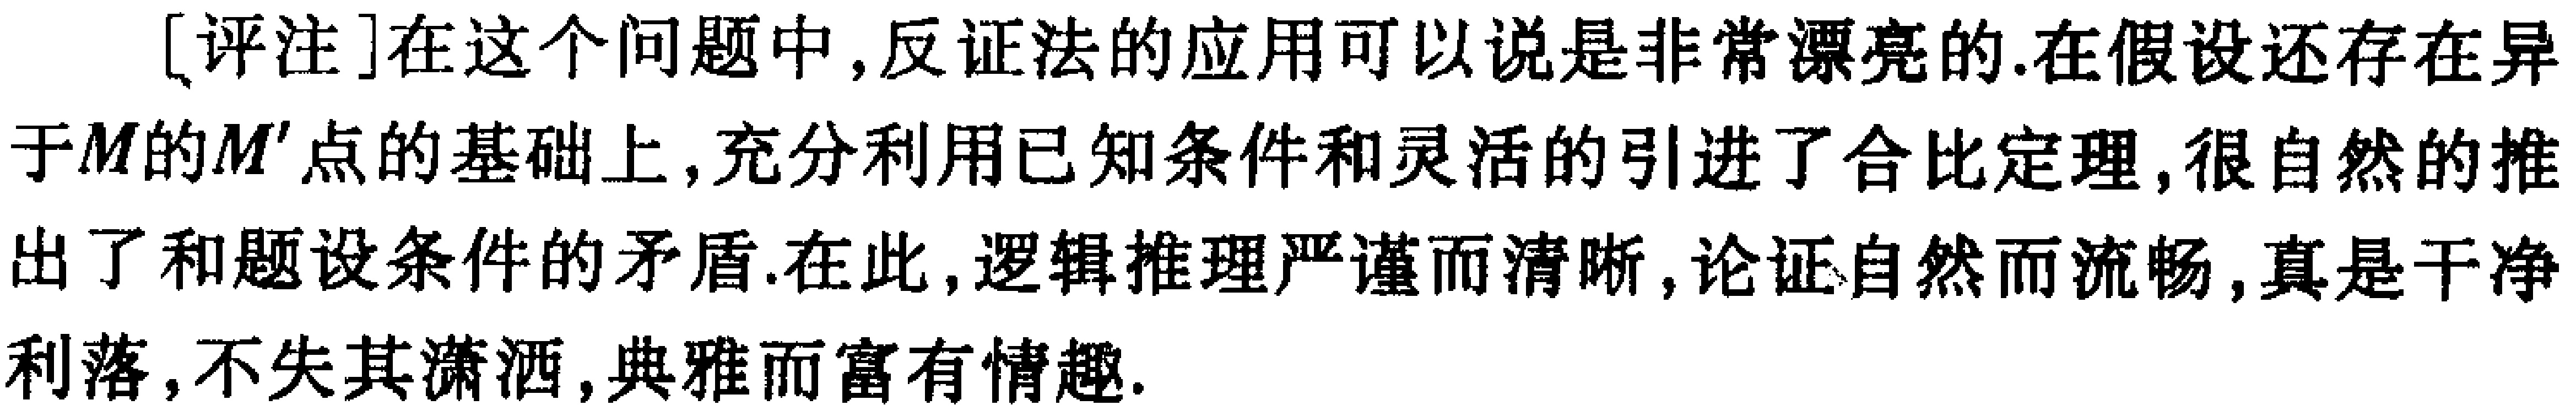
[评注]在这个问题中,反证法的应用可以说是非常漂亮的.在假设还存在异于\(M\)的\(M'\)点的基础上,充分利用已知条件和灵活的引进了合比定理,很自然的推出了和题设条件的矛盾.在此,逻辑推理严谨而清晰,论证自然而流畅,真是干净利落,不失其潇洒,典雅而富有情趣.